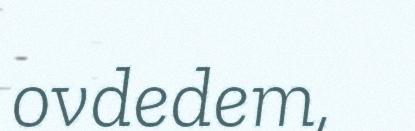
ovdedem,